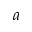
a